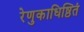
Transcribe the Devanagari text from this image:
रेणुकाधिष्ठितं